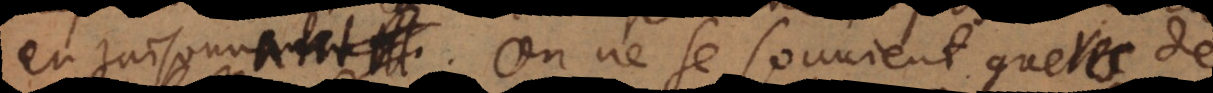
en raisonnant. On ne se souvient gueres de